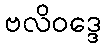
ဗလိဝဒ္ဒေ